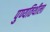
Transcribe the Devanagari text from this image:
पुण्यतिथीला